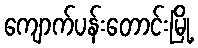
ကျောက်ပန်းတောင်းမြို့